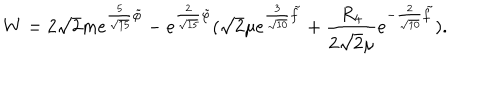
W = 2 \sqrt { 2 } m e ^ { { \frac { 5 } { \sqrt { 1 5 } } } \tilde { \varphi } } - e ^ { { \frac { 2 } { \sqrt { 1 5 } } } \tilde { \varphi } } ( \sqrt { 2 } \mu e ^ { { \frac { 3 } { \sqrt { 1 0 } } } \tilde { f } } + { \frac { R _ { 4 } } { 2 \sqrt { 2 } \mu } } e ^ { - { \frac { 2 } { \sqrt { 1 0 } } } \tilde { f } } ) .